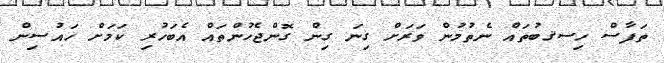
ތަފާސް ހިސޤބުތައް ނެތުމުން ވަރަށް ގިނަ ގިން ގޮންޖެހުންތައް އެބަހުރި ކަމަށް ހައުސިން